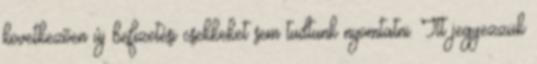
következõen új befizetési csekkeket sem tudtunk nyomtatni. Itt jegyezzük